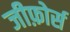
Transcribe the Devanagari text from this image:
जीफ़ोर्स